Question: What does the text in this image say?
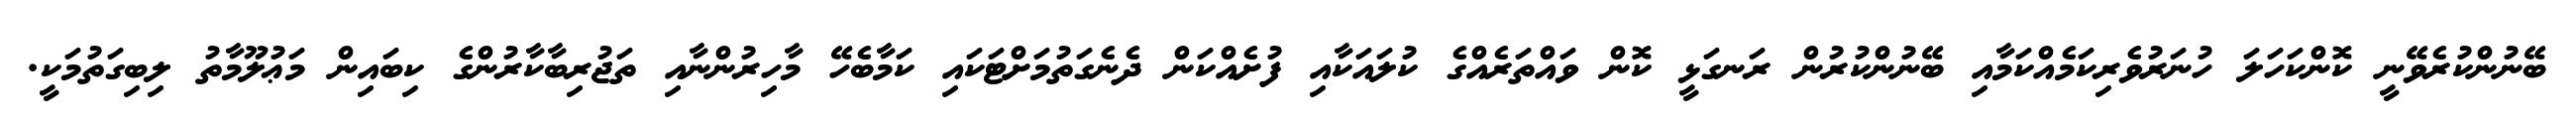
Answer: ބޭނުންކުރެވޭނީ ކޮންކަހަލަ ހުނަރުވެރިކަމެއްކަމާއި ބޭނުންކުރުން ރަނގަޅީ ކޮން ވައްތަރެއްގެ ކުލައަކާއި ފުށެއްކަން ދެނެގަތުމަށްޓަކައި ކަމާބެހޭ މާހިރުންނާއި ތަޖުރިބާކާރުންގެ ކިބައިން މަޢުލޫމާތު ލިބިގަތުމަކީ.